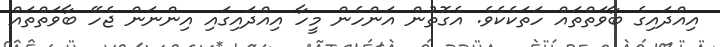
އިއްދައިގެ ބާވަތްތައް ހަތަކެކެވެ. އެގޮތުން އަންހެން މީހާ އިއްދައިގައި އިންނަން ޖެހޭ ބާވަތްތައް